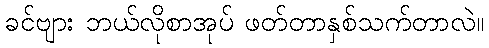
ခင်ဗျား ဘယ်လိုစာအုပ် ဖတ်တာနှစ်သက်တာလဲ။